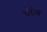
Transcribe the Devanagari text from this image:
तोदोस